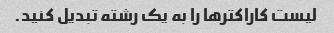
لیست کاراکترها را به یک رشته تبدیل کنید.